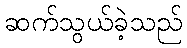
ဆက်သွယ်ခဲ့သည်